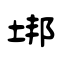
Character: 垹